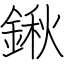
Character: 鍬